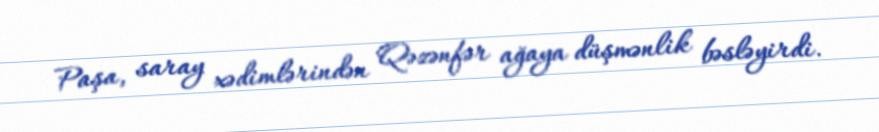
Paşa, saray xədimlərindən Qəzənfər ağaya düşmənlik bəsləyirdi.